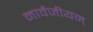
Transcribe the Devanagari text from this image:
नार्वेजीयन्